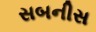
સબનીસ